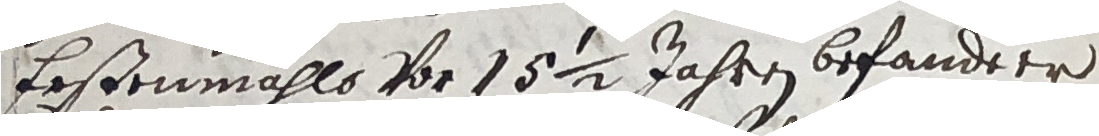
Erstenmahls vor 152 jahren befandter